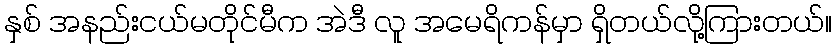
နှစ် အနည်းငယ်မတိုင်မီက အဲဒီ လူ အမေရိကန်မှာ ရှိတယ်လို့ကြားတယ်။